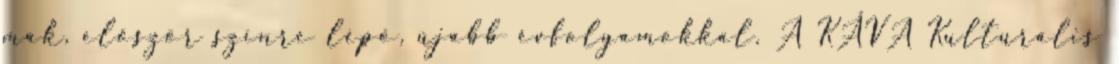
mák, először színre lépő, újabb évfolyamokkal. A KÁVA Kulturális